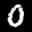
Label: 0